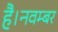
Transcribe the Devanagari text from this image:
है।नवम्बर